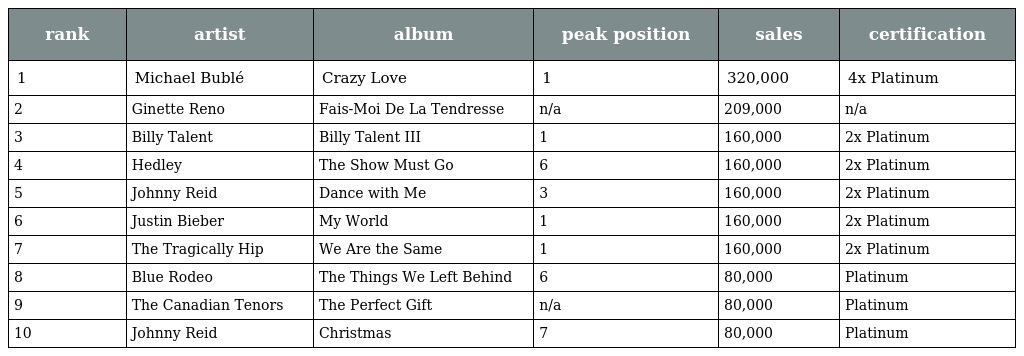
| rank | artist | album | peak position | sales | certification |
 | --- | --- | --- | --- | --- | --- |
 | 1 | Michael Bublé | Crazy Love | 1 | 320,000 | 4x Platinum |
 | 2 | Ginette Reno | Fais-Moi De La Tendresse | n/a | 209,000 | n/a |
 | 3 | Billy Talent | Billy Talent III | 1 | 160,000 | 2x Platinum |
 | 4 | Hedley | The Show Must Go | 6 | 160,000 | 2x Platinum |
 | 5 | Johnny Reid | Dance with Me | 3 | 160,000 | 2x Platinum |
 | 6 | Justin Bieber | My World | 1 | 160,000 | 2x Platinum |
 | 7 | The Tragically Hip | We Are the Same | 1 | 160,000 | 2x Platinum |
 | 8 | Blue Rodeo | The Things We Left Behind | 6 | 80,000 | Platinum |
 | 9 | The Canadian Tenors | The Perfect Gift | n/a | 80,000 | Platinum |
 | 10 | Johnny Reid | Christmas | 7 | 80,000 | Platinum |